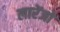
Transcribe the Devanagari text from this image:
लारेंजो